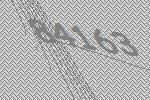
84163